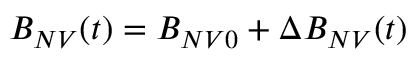
{ B _ { N V } ( t ) = B _ { N V 0 } + \Delta B _ { N V } ( t ) }